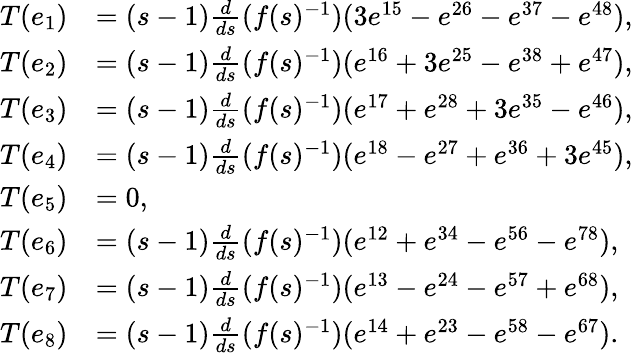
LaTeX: \begin{array}{rl}{T(e_{1})}&{=(s-1)\frac{d}{ds}(f(s)^{-1})(3e^{15}-e^{26}-e^{37}-e^{48}),}\\ {T(e_{2})}&{=(s-1)\frac{d}{ds}(f(s)^{-1})(e^{16}+3e^{25}-e^{38}+e^{47}),}\\ {T(e_{3})}&{=(s-1)\frac{d}{ds}(f(s)^{-1})(e^{17}+e^{28}+3e^{35}-e^{46}),}\\ {T(e_{4})}&{=(s-1)\frac{d}{ds}(f(s)^{-1})(e^{18}-e^{27}+e^{36}+3e^{45}),}\\ {T(e_{5})}&{=0,}\\ {T(e_{6})}&{=(s-1)\frac{d}{ds}(f(s)^{-1})(e^{12}+e^{34}-e^{56}-e^{78}),}\\ {T(e_{7})}&{=(s-1)\frac{d}{ds}(f(s)^{-1})(e^{13}-e^{24}-e^{57}+e^{68}),}\\ {T(e_{8})}&{=(s-1)\frac{d}{ds}(f(s)^{-1})(e^{14}+e^{23}-e^{58}-e^{67}).}\end{array}